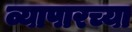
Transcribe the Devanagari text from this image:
व्यापारच्या